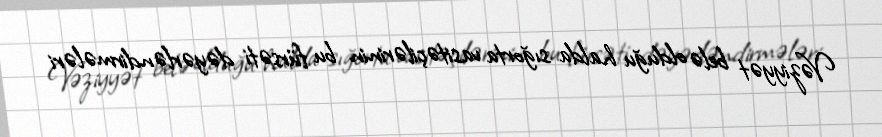
Vəziyyət belə olduğu halda sığorta vasitəçilərinin bu fürsəti dəyərləndirmələri